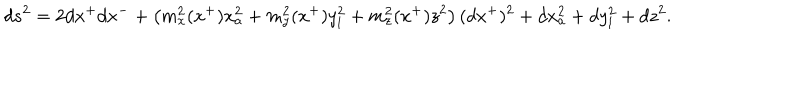
d s ^ { 2 } = 2 d x ^ { + } d x ^ { - } + \left( m _ { x } ^ { 2 } ( x ^ { + } ) x _ { a } ^ { 2 } + m _ { y } ^ { 2 } ( x ^ { + } ) y _ { l } ^ { 2 } + m _ { z } ^ { 2 } ( x ^ { + } ) z ^ { 2 } \right) ( d x ^ { + } ) ^ { 2 } + d x _ { a } ^ { 2 } + d y _ { l } ^ { 2 } + d z ^ { 2 } .